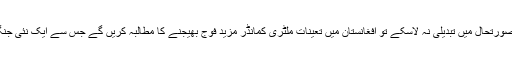
اس سے زیادہ پریشان کُن بات یہ ہے کہ اگر یہ5000 فوجی بھی صورتحال میں تبدیلی نہ لاسکے تو افغانستان میں تعینات ملٹری کمانڈر مزید فوج بھیجنے کا مطالبہ کریں گے جس سے ایک نئی جنگ کا آغاز ہو جائے گا جسے کچھ عسکری ماہرین 'تیسری امریکن۔